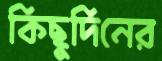
কিছুদিনের